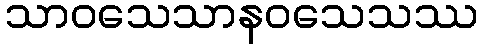
သာဝသေသာနဝသေသဿ